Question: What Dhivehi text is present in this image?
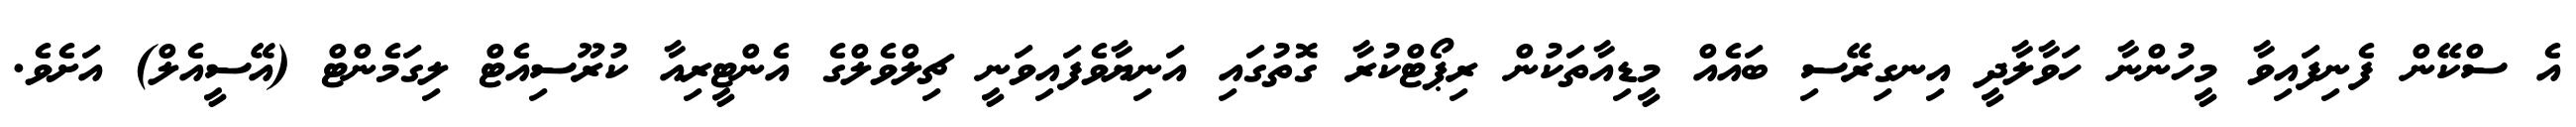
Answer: އެ ސްކޭން ފެނިފައިވާ މީހުންނާ ހަވާލާދީ އިނގިރޭސި ބައެއް މީޑިއާތަކުން ރިޕޯޓްކުރާ ގޮތުގައި އަނިޔާވެފައިވަނީ ޗިލްވެލްގެ އެންޓީރިއާ ކުރޫސިއެޓް ލިގަމެންޓް (އޭސީއެލް) އަށެވެ.